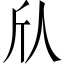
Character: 𫢍